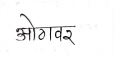
मजकूर: ओठावर